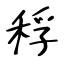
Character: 稃